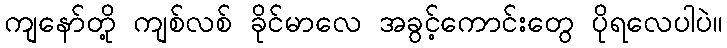
ကျနော်တို့ ကျစ်လစ် ခိုင်မာလေ အခွင့်ကောင်းတွေ ပိုရလေပါပဲ။